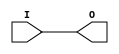
module IBUF_5(input I, output O);
    assign O = I;
endmodule